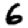
Digit: 6